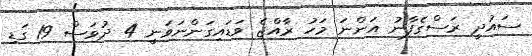
ސައުދީ ރަސްގެފާނު އަންނަ މަހު ރާއްޖެ ވަޑައިގަންނަވަނީ 4 ދުވަސް 19 ގަޑި